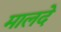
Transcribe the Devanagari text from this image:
मालदे